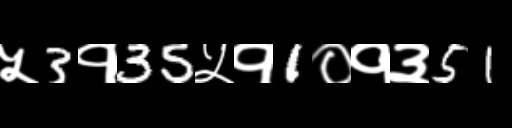
Text: ५3१35५१1०१३51